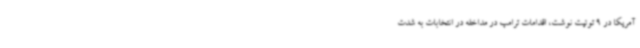
آمریکا در 9 توئیت نوشت، اقدامات ترامپ در مداخله در انتخابات به شدت